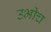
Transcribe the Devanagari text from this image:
उभीच